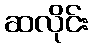
ဆလိုင်း